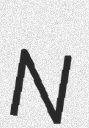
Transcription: N